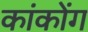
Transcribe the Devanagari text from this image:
कांकोंग